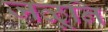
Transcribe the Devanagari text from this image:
जळूनि